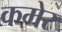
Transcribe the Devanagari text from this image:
कमेर